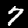
Digit: 7